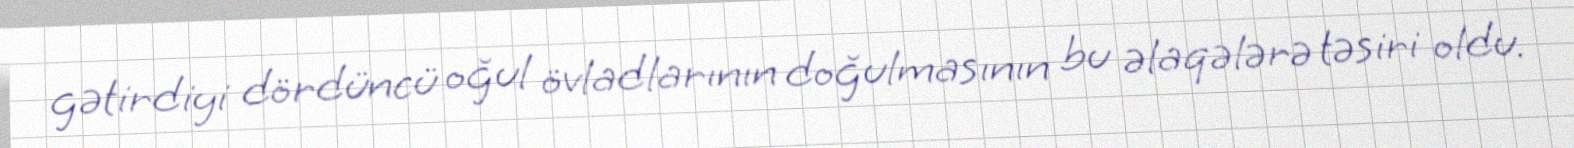
gətirdiyi dördüncü oğul övladlarının doğulmasının bu əlaqələrə təsiri oldu.